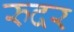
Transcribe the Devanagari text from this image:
रुदर